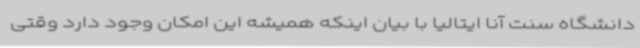
دانشگاه سنت آنا ایتالیا با بیان اینکه همیشه این امکان وجود دارد وقتی